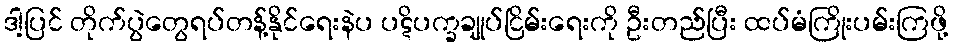
ဒါ့ပြင် တိုက်ပွဲတွေရပ်တန့်နိုင်ရေးနဲပ ပဋိပက္ခချုပ်ငြိမ်းရေးကို ဦးတည်ပြီး ထပ်မံကြိုးပမ်းကြဖို့